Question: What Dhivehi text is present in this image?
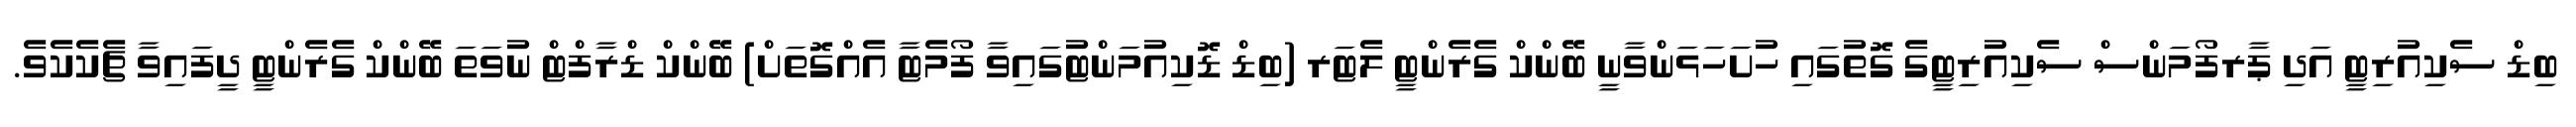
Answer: ބިޑް ސެކިއުރިޓީ އަދި ޕާރފޯމަންސް ސެކިއުރިޓީގެ ގޮތުގައި ހުށަހަޅަންވާނީ ބޭންކް ގެރެންޓީ ލެޓަރ (ބިޑް ޑޮކިއުމަންޓުގައިވާ ފޯމެޓާ އެއްގޮތަށް) ބޭންކް ޑްރާފްޓް ނުވަތަ ބޭންކް ގެރެންޓީ ދީފައިވާ ޗެކެކެވެ.